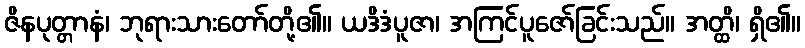
ဇိနပုတ္တာနံ၊ ဘုရားသားတော်တို့၏။ ယဒိဒံပူဇာ၊ အကြင်ပူဇော်ခြင်းသည်။ အတ္ထိ၊ ရှိ၏။